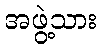
အဖွဲ့သား